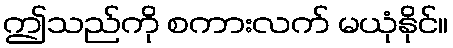
ဤသည်ကို စကားလက် မယုံနိုင်။